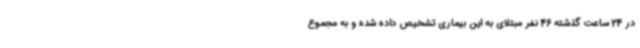
در 24 ساعت گذشته 46 نفر مبتلای به این بیماری تشخیص داده شده و به مجموع